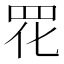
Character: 𫅁